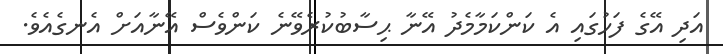
އަދި އޭގެ ފަހުގައި އެ ކަންކަމާމެދު އޭނާ ޙިސާބުކުރެވޭނެ ކަންވެސް އޭނާއަށް އެނގެއެވެ.